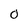
Character: 0